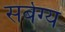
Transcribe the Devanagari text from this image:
सर्बग्य